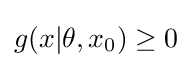
g(x|\theta ,x_{0})\geq 0